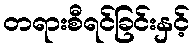
တရားစီရင်ခြင်းနှင့်